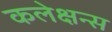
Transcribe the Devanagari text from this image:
कलेक्षन्स